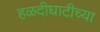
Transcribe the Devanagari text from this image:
हळदीघाटीच्या